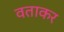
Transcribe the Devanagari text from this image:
वताकर